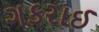
ગકરાઈ